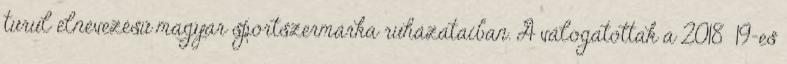
turul elnevezésű magyar sportszermárka ruházataiban. A válogatottak a 2018 19-es